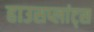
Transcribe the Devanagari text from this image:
हाउसप्लांट्स